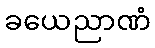
ခယေညာဏံ